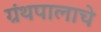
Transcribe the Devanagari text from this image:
ग्रंथपालाचे